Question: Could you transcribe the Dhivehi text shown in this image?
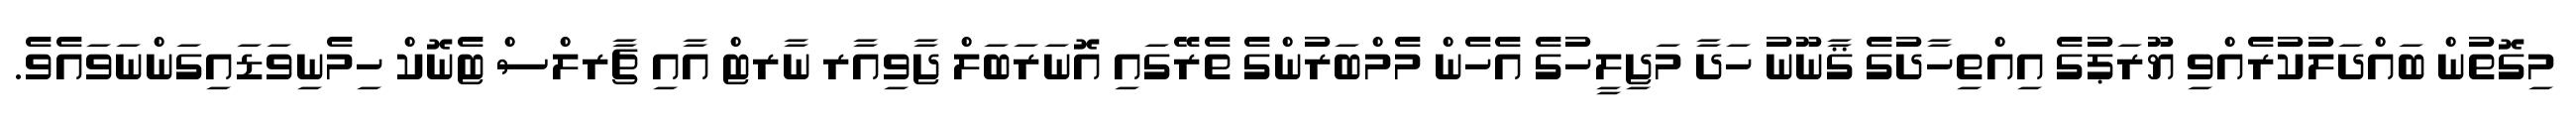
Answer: މިގޮތުން ބައްދަލުކުރެއްވި ޔޫރަޕުގެ އިއްތިހާދުގެ ޤާނޫނު ހަދާ މަޖިލީހުގެ އެހެން މެމްބަރުންގެ ތެރޭގައި އޮނަރަބަލް ޖާވިއާރ ނާރޓް އާއި ޗާރލްސް ޓެނޮކް ހިމެނިވަޑައިގަންނަވައެވެ.